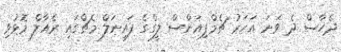
ދެހާސް ދެ ވަނަ އަހަރު ޗެމްޕިއަންސް ލީގްގެ ފައިނަލް މެޗްގައި ރެއާލް މޮޅުވި